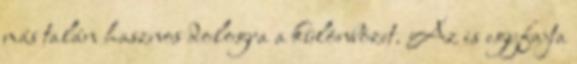
más talán hasznos dologra a különbözet. Az is egyfajta